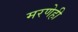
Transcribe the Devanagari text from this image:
मरणेही